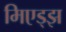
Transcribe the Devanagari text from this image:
मिएड्झ